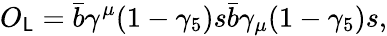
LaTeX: O_{\mathsf{L}}=\bar{{b}}\gamma^{\mu}(1-\gamma_{5})s\bar{{b}}\gamma_{\mu}(1-\gamma_{5})s,